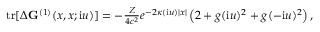
\begin{array} { r } { \mathrm { t r } [ \Delta \ensuremath { \mathbf { G } } ^ { ( 1 ) } ( x , x ; \ensuremath { \mathrm { i } } u ) ] = - \frac { Z } { 4 c ^ { 2 } } e ^ { - 2 \kappa ( \ensuremath { \mathrm { i } } u ) | x | } \left( 2 + g ( \ensuremath { \mathrm { i } } u ) ^ { 2 } + g ( - \ensuremath { \mathrm { i } } u ) ^ { 2 } \right) , } \end{array}